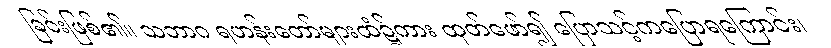
ခြင်းဖြစ်၏။ သဘာဂ ရဟန်းတော်များထံ၌ကား ထုတ်ဖော်၍ ပြောသင့်ကပြောရကြောင်း၊